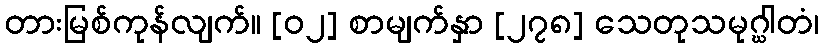
တားမြစ်ကုန်လျက်။ [၀၂] စာမျက်နှာ [၂၇၈] သေတုသမုဂ္ဃါတံ၊